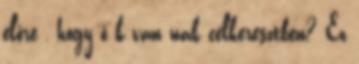
előre , hogy ő k van nak célkeresztben? Ez